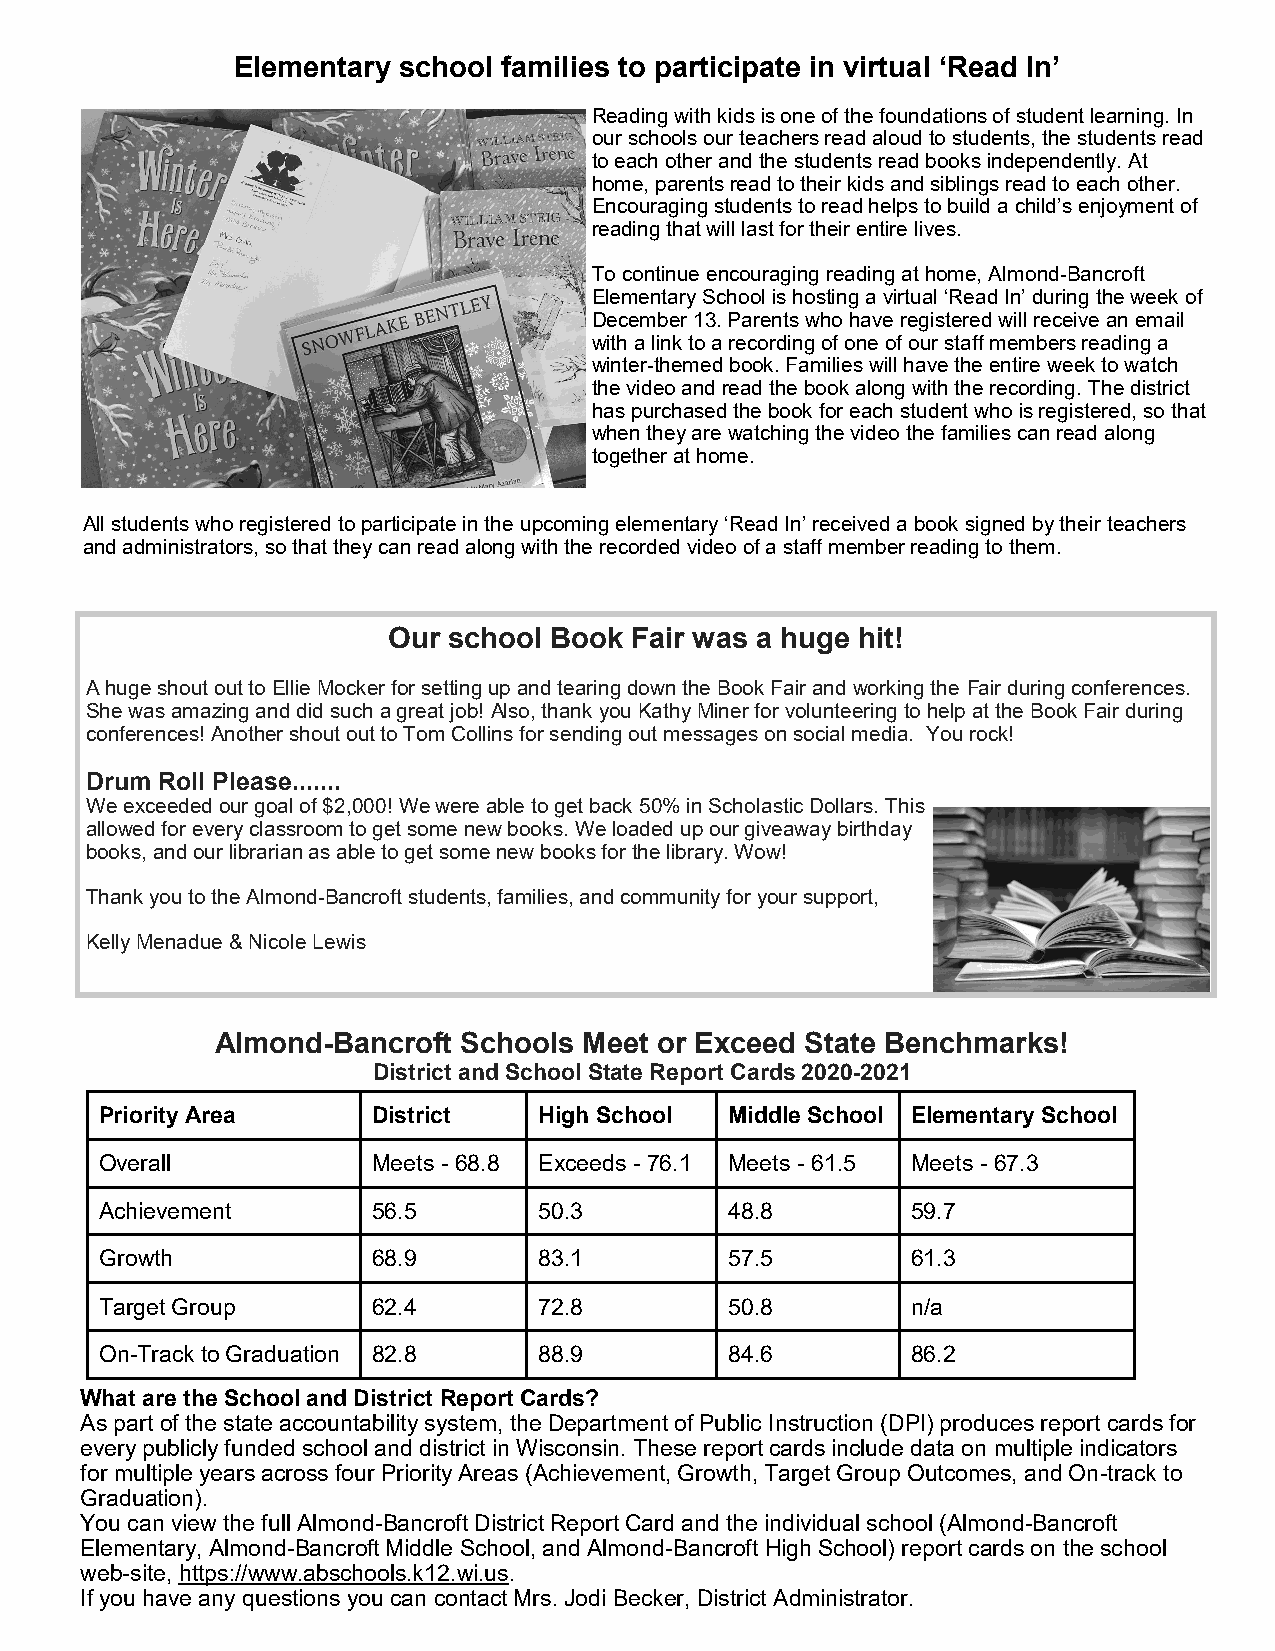
Elementary school families to participate in virtual ‘Read In’
 Reading with kids is one of the foundations of student learning. In
 our schools our teachers read aloud to students, the students read
 to each other and the students read books independently. At
 home, parents read to their kids and siblings read to each other.
 Encouraging students to read helps to build a child’s enjoyment of
 reading that will last for their entire lives.
 To continue encouraging reading at home, Almond-Bancroft
 Elementary School is hosting a virtual ‘Read In’ during the week of
 December 13. Parents who have registered will receive an email
 with a link to a recording of one of our staff members reading a
 winter-themed book. Families will have the entire week to watch
 the video and read the book along with the recording. The district
 has purchased the book for each student who is registered, so that
 when they are watching the video the families can read along
 together at home.
 All students who registered to participate in the upcoming elementary ‘Read In’ received a book signed by their teachers
 and administrators, so that they can read along with the recorded video of a staff member reading to them.
 Our school Book Fair was a huge hit!
 A huge shout out to Ellie Mocker for setting up and tearing down the Book Fair and working the Fair during conferences.
 She was amazing and did such a great job! Also, thank you Kathy Miner for volunteering to help at the Book Fair during
 conferences! Another shout out to Tom Collins for sending out messages on social media. You rock!
 Drum Roll Please.......
 We exceeded our goal of $2,000! We were able to get back 50% in Scholastic Dollars. This
 allowed for every classroom to get some new books. We loaded up our giveaway birthday
 books, and our librarian as able to get some new books for the library. Wow!
 Thank you to the Almond-Bancroft students, families, and community for your support,
 Kelly Menadue & Nicole Lewis
 Almond-Bancroft  Schools Meet or Exceed State Benchmarks!
 District and School State Report Cards 2020-2021
 Priority Area     District   High School Middle School Elementary School
 Overall           Meets - 68.8 Exceeds - 76.1 Meets - 61.5 Meets - 67.3
 Achievement       56.5       50.3        48.8        59.7
 Growth            68.9       83.1        57.5        61.3
 Target Group      62.4       72.8        50.8        n/a
 On-Track to Graduation 82.8  88.9        84.6        86.2
 What are the School and District Report Cards?
 As part of the state accountability system, the Department of Public Instruction (DPI) produces report cards for
 every publicly funded school and district in Wisconsin. These report cards include data on multiple indicators
 for multiple years across four Priority Areas (Achievement, Growth, Target Group Outcomes, and On-track to
 Graduation).
 You can view the full Almond-Bancroft District Report Card and the individual school (Almond-Bancroft
 Elementary, Almond-Bancroft Middle School, and Almond-Bancroft High School) report cards on the school
 web-site, https://www.abschools.k12.wi.us.
 If you have any questions you can contact Mrs. Jodi Becker, District Administrator.